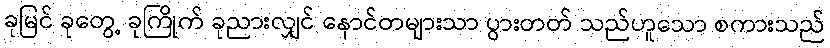
ခုမြင် ခုတွေ့ ခုကြိုက် ခုညားလျှင် နောင်တများသာ ပွားတတ် သည်ဟူသော စကားသည်